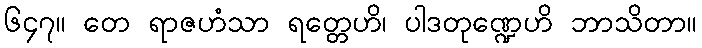
၆၄၇။ တေ ရာဇဟံသာ ရတ္တေဟိ၊ ပါဒတုဏ္ဍေဟိ ဘာသိတာ။